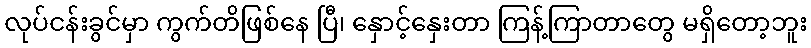
လုပ်ငန်းခွင်မှာ ကွက်တိဖြစ်နေ ပြီ၊ နှောင့်နှေးတာ ကြန့်ကြာတာတွေ မရှိတော့ဘူး